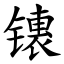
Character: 䦄